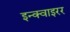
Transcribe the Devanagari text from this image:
इन्क्वाइरर